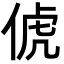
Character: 俿